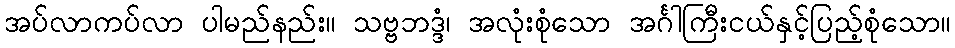
အပ်လာကပ်လာ ပါမည်နည်း။ သဗ္ဗဘဒ္ဒံ၊ အလုံးစုံသော အင်္ဂါကြီးငယ်နှင့်ပြည့်စုံသော။